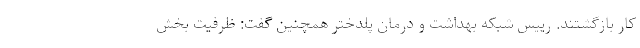
کار بازگشتند. رییس شبکه بهداشت و درمان پلدختر همچنین گفت: ظرفیت بخش